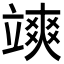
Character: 𮵩